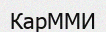
КарММИ